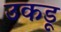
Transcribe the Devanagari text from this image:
उकडू